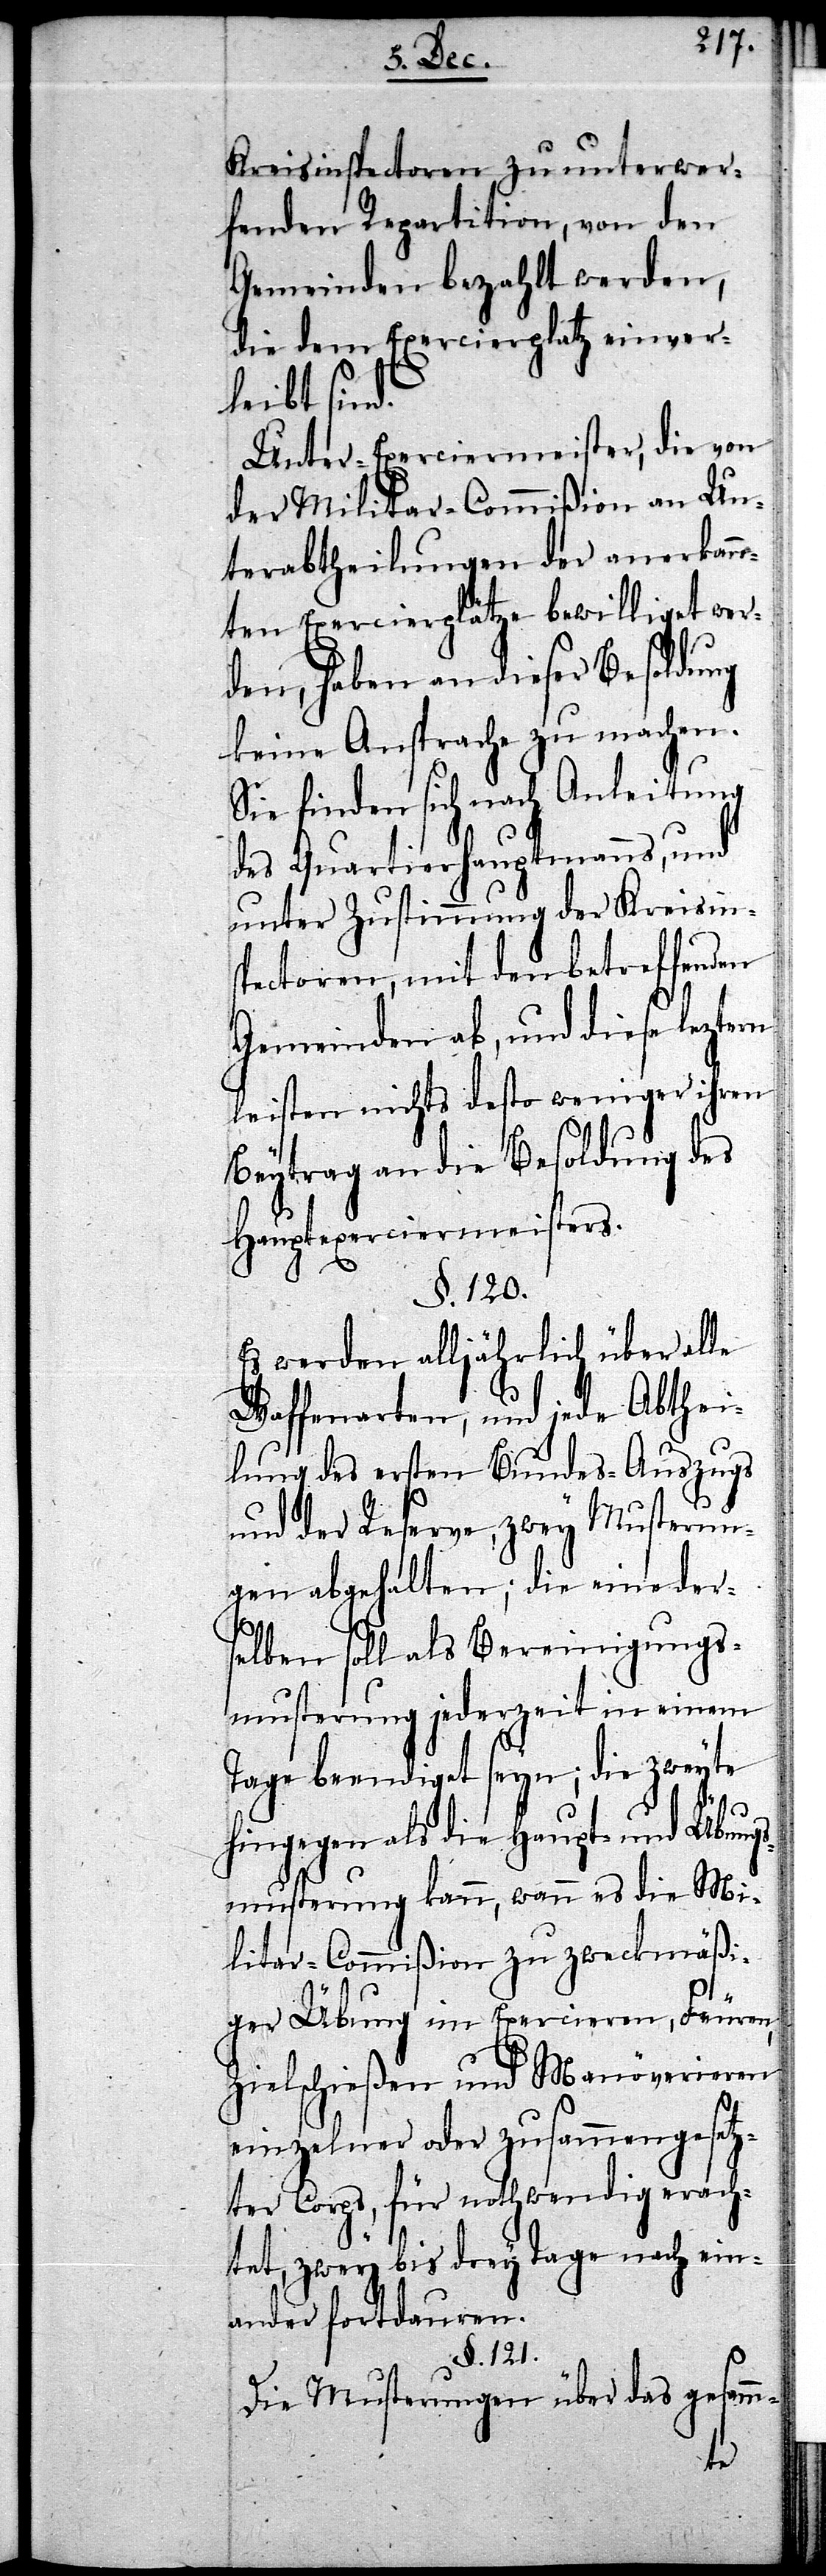
Kreisinspectoren zu unterwer¬
fenden Repartition, von den
Gemeinden bezahlt werden,
die dem Exercierplatz einver¬
leibt sind.
Unter-Exerciermeister, die von
der Militar-Commißion an Un¬
terabtheilungen der anerkann¬
ten Exercierplätze bewilligt wer¬
den, haben an dieser Besoldung
keine Ansprache zu machen.
Sie finden sich nach Anleitung
des Quartierhauptmanns, und
unter Zustimmung der Kreisin¬
spectoren, mit den betreffenden
Gemeinden ab, und diese leztern
leisten nichts desto weniger ihren
Beytrag an die Besoldung des
Hauptexerciermeisters.
§. 120.
Es werden alljährlich über alle
Waffenarten, und jede Abthei¬
lung des ersten Bundes-Auszugs
und der Reserve, zwey Musterun¬
gen abgehalten; die eine der¬
selben soll als Bereinigungs¬
musterung jederzeit in einem
Tage beendiget seyn; die zweyte
hingegen als die Haupt- und Übungs¬
musterung kann, wann es die Mi¬
litar-Commißion zu zweckmäßi¬
ger Übung im Exercieren, Feuern,
Zielschießen und Manöverieren
einzelner oder zusammengesetz¬
ter Corps, für nothwendig erach¬
tet, zwey bis drey Tage nach ein¬
ander fortdauern.
§. 121.
Die Musterungen über das gesamm-